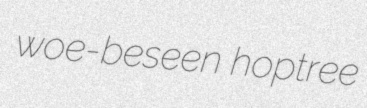
woe-beseen hoptree